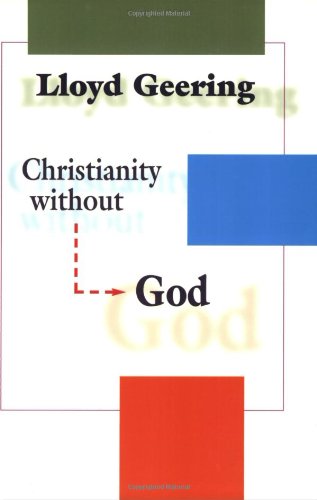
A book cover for Christianity without God; Lloyd Geering; Christian Books & Bibles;